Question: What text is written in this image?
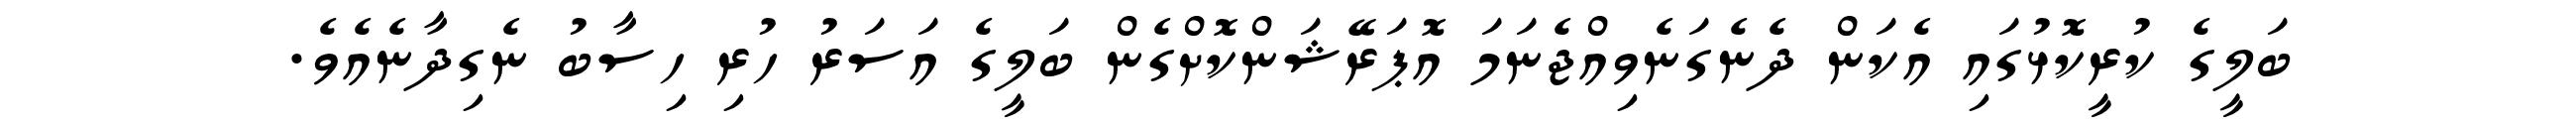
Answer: ބަލީގެ ކުރީކޮޅުގައި އެކަން ދެނެގަނެވިއްޖެނަމަ އޮޕަރޭޝަންކޮށްގެން ބަލީގެ އަސަރު ހުރި ހިސާބު ނެގިދާނެއެވެ.